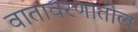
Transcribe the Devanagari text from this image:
वातावरणातील